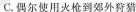
C.偶尔使用火枪到郊外狩猎